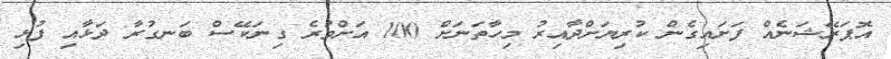
އޮޕަރޭޝަނެއް ފަށައިގެން ކުރިޔަށްދާއިރު މިހާތަނަށް 100 އަށްވުރެ ގިނަކޭސް ބަނގުރާ ދަޅާއި ފުޅި